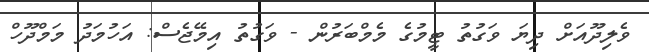
ވެލިދޫއަށް ދިޔަ ވަގުތު ޓީމުގެ މެމްބަރުން - ވަގުތު އިމޭޖެސް: އަހުމަދު މަމްދޫހް